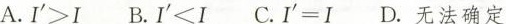
A.$$I ' > I$$ B.$$I ' ≤ I$$ C.$$I ' = I$$ D.无法确定